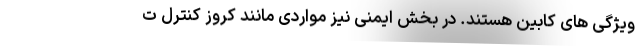
ویژگی های کابین هستند. در بخش ایمنی نیز مواردی مانند کروز کنترل ت